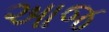
આજ